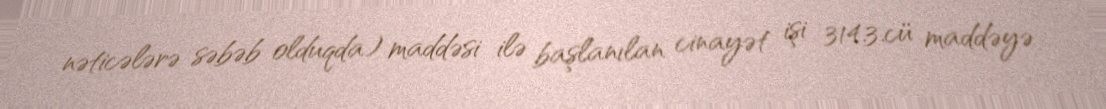
nəticələrə səbəb olduqda) maddəsi ilə başlanılan cinayət işi 314.3.cü maddəyə